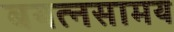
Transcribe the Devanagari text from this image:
बयत्नसामय